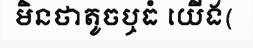
មិនថាតូចឬធំ យើង(